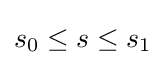
s_{0}\leq s\leq s_{1}